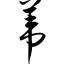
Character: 苇